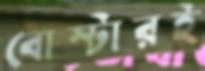
বোস্টারই